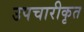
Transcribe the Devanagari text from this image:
उपचारीकृत